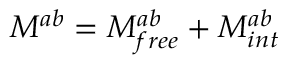
M ^ { a b } = M _ { f r e e } ^ { a b } + M _ { i n t } ^ { a b }